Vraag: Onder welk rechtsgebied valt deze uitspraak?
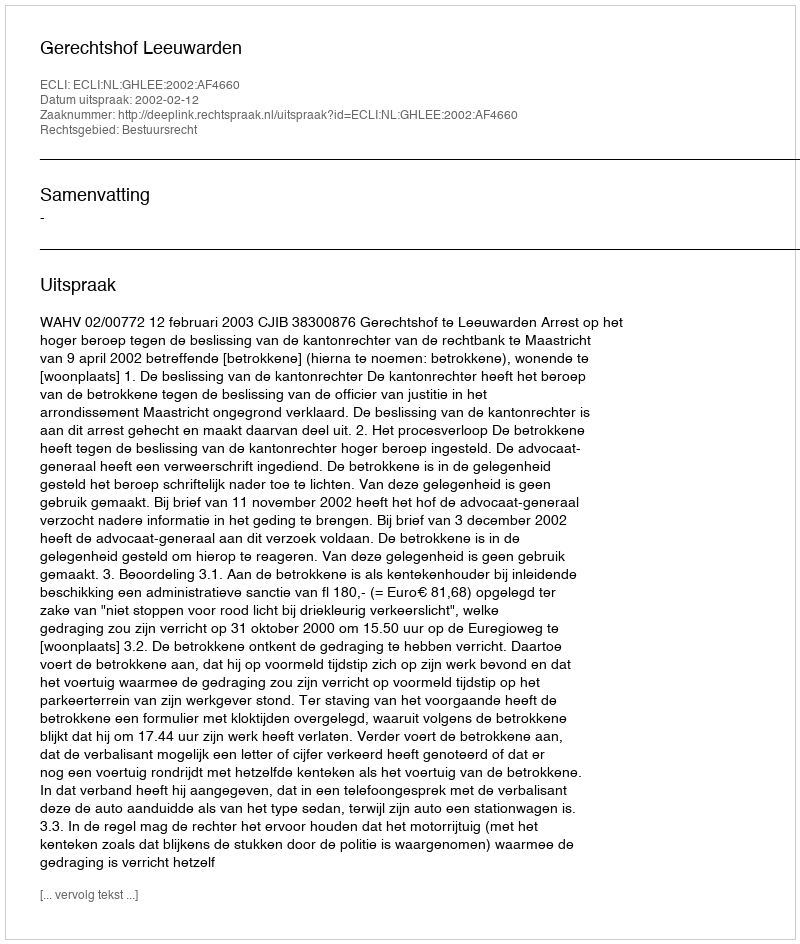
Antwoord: Bestuursrecht